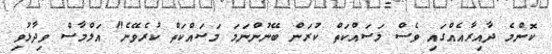
ކޮންމެ ދާއިރާއެއްގައި ވެސް މަސައްކަތް ކުރަން ބޭނުންނަމަ މަސައްކަތް ކުރެވޭނެ" އަލްމާސް ވިދާޅުވި